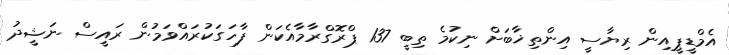
އެމްޑީޕީއިން ރިޔާސީ އިންތިޚާބަށް ނިކުމެ ތިބީ 137 ޕްރޮގްރާމާއެކަން ފާހަގަކުރައްވަމުން ރައީސް ނަޝީދު